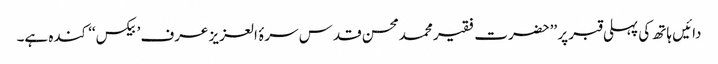
دائیں ہاتھ کی پہلی قبر پر ’’حضرت فقیر محمدمحسن قدس سرۂ العزیز عرف ’بیکس‘‘ کندہ ہے۔